Calcutta medical institutions reports 1871-78
Year: 1871
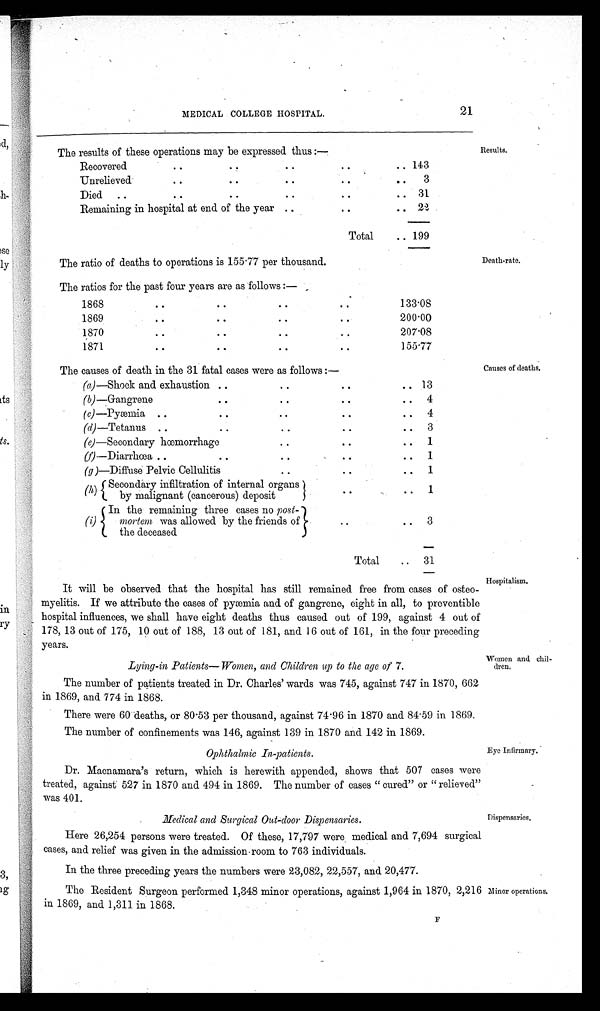
62
REPORT ON THE CALCUTTA MEDICAL INSTITUTIONS.
OUT-PATIENTS.
IN-PATIENTS.
Distinguishing Number.
D I S E A S E O F T H E E Y E .
R e m a n i n g f o r m t h e p r e v i o u s y e a r .
N e w c a s e s t r e a t e d d u r i n g t h e y e a r 1 8 7 2 .
To t a l t r e a t e d .
RESULTS.
D i s t i n g u i s h i n g N u m b e r .
R e m a n i n g f r o m t h e p r e v i o u s y e a r .
N e w c a s e s a d m i t t e d d u r i n g t h e y e a r .
T o t a l t r e a t e d .
RESULTS.
C u r e d o r r e l i e d .
A n s e n t e d o r u n k n o w n .
K n o w t o h a v e d i e d .
R e m a n i n g u n d e r t r e a t m e n t .
C u r e d
R e l i e v e d .
O t h e r w i s e .
Di ed.
R e m a n i n g u n d e r t r e a t m e n t .
D I S E A S E S O F T H E V I T E E O U S B O D Y
150
Brought forward
33 3033 3071
. . .
. . . ... 32
30 295 325 174 88 44
. . . 19
Synchysis
...
. . .
7
7
. . .
. . . . . . ...
1 5 0
. . .
. . .
. . .
. . .
. . . . . .
. . .
. . .
151 Various morbid deposits
. . . 7 7 ... ...
. . . . . .
151 ... 3 3
. . . . . .
2
. . . 1
DISEASES OF THE LENS AND ITS CAPSULE
152 Cataract
. . . 229 229
. . .
. . . ... ...
252 3 72 75 46 3 18
. . .
8
a.—Hard
...
. . . ...... ...... ......
. . . ...
a 1 27 28 16 2 4
. . . 6
b.—Soft
. . . . . .
. . . ... ... ... ...
b
2 50 52 32 3 9
. . . 8
c.—Fluid
. . .
. . .
. . .
. . .
. . . . . .
. . .
c
2
5 0 5 2
3 2
3
9
. . .
8
153 Parasitic disease
. . . ... ... ... ... ... ...
1 5 3
. . .
. . .
. . .
. . . . . .
. . .
. . .
. . .
154 Malformations
. . .
. . .
. . . . . .
. . . . . .
. . .
154 . . . ... ... ... ...
...
. . .
a.— Congenital Cataract
. . .
. . .
. . .
. . .
. . .
. . .
. . .
a
. . .
5 5 3
. . . 1 ...
1
155 Traumatic cataract
. . .
6
6
. . .
. . . . . .
. . .
155 . . .
1 1
. . .
. . . 1
. . .
. . .
GENERAL AFFECTIONS OF THE EYE
156 Glaucoma
. . .
1 4
1 4 . . .
. . . . . .
. . .
156 . . . 19 19 2 10 7
. . .
. . .
157 Hydrophthalmia
. . .
. . .
. . .
. . .
. . .
. . .
. . .
1 5 7 . . .
. . .
. . .
. . .
. . .
. . .
. . .
. . .
158 Total disorganisation of eye
from injury
. . .
. . .
. . .
. . .
. . .
. . .
. . .
158
. . . 2 2 ... 2 ... ... ...
158* Malformations
. . .
. . . . . .
. . . ... ...
. . .
158*
. . . . . .
. . .
. . .
. . . . . .
. . .
. . .
V A R I O U S D E F E C T S O F S I G H T
1 5 9 Short sight
. . .
8
8
. . .
. . . . . . . . .
. . .
1 5 9
. . . . . .
. . .
. . .
. . .
. . .
. . .
. . .
160 Long sight
. . .
2
2
. . .
. . . . . .
. . .
1 6 0
. . . . . .
. . .
. . .
. . .
. . .
. . .
. . .
161 Faulty perception of colours ... ... ... ...
. . . ...
. . .
1 6 1
. . . . . .
. . .
. . .
. . .
. . .
. . .
. . .
162 Hemeralopia
1 77 78
. . .
. . . . . .
. . .
162 1 7 8 1 5
1
. . .
1
163 Nyctalopia
. . .
7
7
. . .
. . . . . .
. . .
1 6 3
. . .
. . .
. . .
. . .
. . .
. . .
. . .
. . .
164 Astigmatism
. . .
. . .
. . .
. . . ...
... ...
1 6 4
. . .
. . .
. . .
. . .
. . .
. . .
. . .
. . .
D I S E A S E S O F T H E L A C H R Y M A L A P P A R A T U S 165 Lachrymal obstruction
1 93 94
. . .
. . . . . .
. . .
165 ... 1
1
. . .
1
. . .
. . .
. . .
169 Abscess and fistula
. . .
2 2
3 2 . . .
. . . . . .
. . .
166
. . . 1 1 1
. . .
. . .
. . .
. . .
167 Dacryolith
. . .
. . . ... ... ...
. . .
. . . 167
. . .
. . . . . .
. . .
. . .
. . .
. . . ...
168 Diseases of lachrymal gland
and its ducts
. . .
. . . ... ... ... ...
. . .
168
. . .
. . . . . .
. . .
. . .
. . . . . .
. . .
D I S E A S E S O F T H E E Y E L I D S 169 Inflammation
. . .
2 5
2 5 . . .
. . . . . .
. . .
169
. . . ... ...
. . .
. . .
. . .
. . .
. . .
170 Hordeolum
. . .
5 4
5 4 . . .
. . . . . .
. . .
1 7 0
. . .
. . .
. . .
. . .
. . .
. . .
. . .
. . .
171 Abscess in meibomian glands
. . .
10 10
. . .
. . . . . .
. . .
171
. . .
. . .
. . .
. . .
. . .
. . .
. . .
. . .
172 Epicanthis
. . .
. . . ... ... ... ...
. . .
172
. . .
. . .
. . .
. . . ...
. . . ... ...
173 Entropium
. . .
4
4
. . .
. . . . . .
. . .
1 7 3
. . .
. . .
. . .
. . .
. . .
. . .
. . .
. . .
174 Entropium
. . .
2
2
. . .
. . . . . .
. . .
174 ... 1
1
. . .
. . .
1
. . .
. . .
175 Trichiasis
. . .
2 3
2 3 . . .
. . . . . .
. . .
175
. . . 2 2 ... 2 ...
. . . . . .
176 Madarosis
...
...
...
...
. . . . . .
. . .
176
. . .
. . .
. . .
. . .
. . .
. . .
. . .
. . .
177 Tarsal ophthalmia
...
5 8
5 8 ... ... ...
. . .
1 7 7
. . .
. . .
. . .
. . .
. . .
. . .
. . .
. . .
178 Blepharospasmus
. . .
. . .
. . . . . .
. . . ...
. . .
1 7 8
. . .
. . .
. . .
. . .
. . .
. . .
. . .
. . .
179 Cyst of the lids
. . . 5
5
. . . ...
. . .
. . .
179
. . .
. . .
. . .
. . .
. . .
. . .
. . .
. . .
179* Malformations
...
...
... ...
...
...
. . . 1 7 9 *
. . .
. . .
. . .
. . .
. . .
. . .
. . .
. . .
D I S E A S E S W I T H I N T H E O R B I T S
180 Abscess in the orbit
. . .
7
7
. . .
. . . . . .
. . .
180 ... 1 1 1
. . .
. . .
. . .
. . .
1 8 1 Strabismus
...
2
2
. . .
. . . . . .
. . .
1 8 1
. . .
. . .
. . .
. . .
. . .
. . .
. . . ...
182 Protrusion of the eyeball
. . .
. . .
. . .
. . .
. . .
. . .
. . .
182
. . . 2 2 1 1
. . .
. . .
. . .
183 Non-malignant tumours
. . .
. . .
. . .
. . .
. . .
. . .
. . .
1 8 3
. . .
. . .
. . .
. . .
. . .
. . .
. . .
. . .
184 Parasitic diseases
... ... ...
...
... ...
...
1 8 4
. . .
. . .
. . .
. . .
. . .
. . .
. . .
. . .
185 Affections of the orbital
nerves
. . .
1 1 1 1 . . .
. . . . . .
. . .
185 ... 3 3 ... 1 2 ...
. . .
Carried over
40 3706 3746 . . . . . .
. . . 3 2
37 492 529 277 113 90
. . . —
44